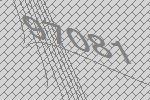
97081